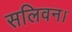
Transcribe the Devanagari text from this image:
सलिवन।